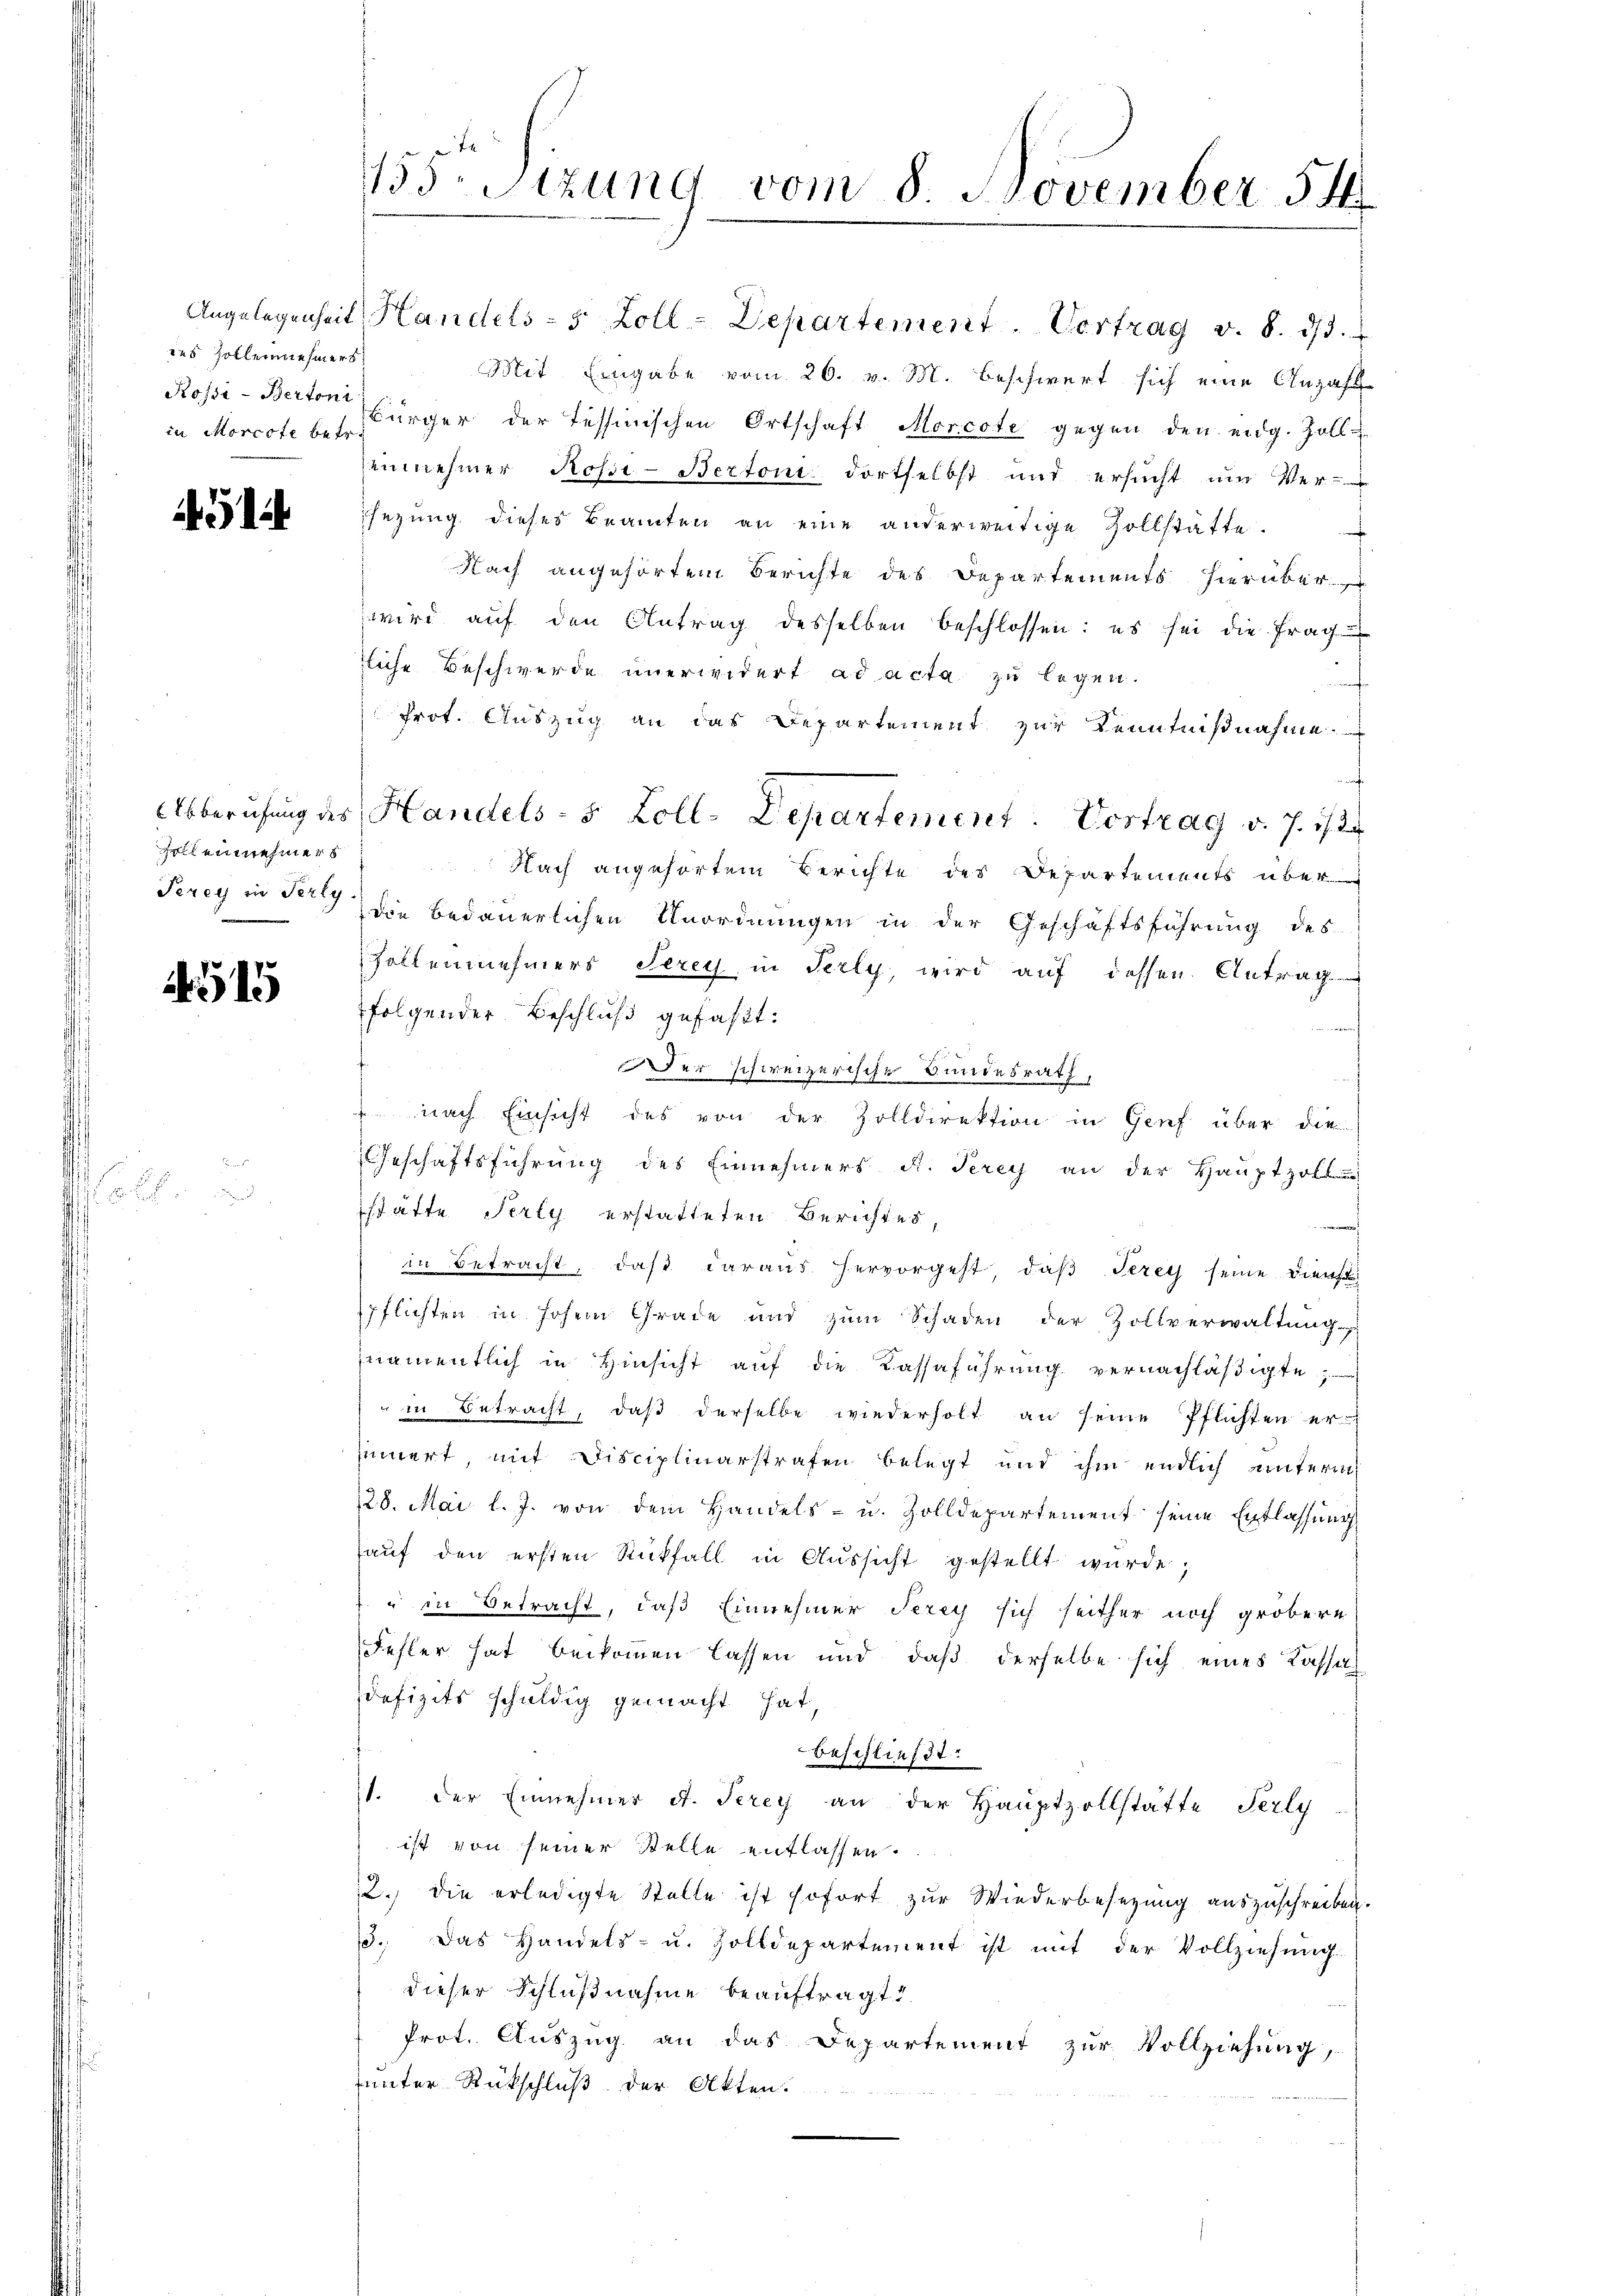
¬

des Zollennehmers
in Morcote betr.

451

Zoll einnehmers
Terey in Perly.

4515

.

1550 Stzung vom 8. November 54

Angelegenheit Handels- 5 Zoll-Departement. Vertrag v. 8. dβ.
Mit Eingabe vom 26. v. M. beschwert sich eine Anzahl
Rossi-Berton Bürger der Tessinischen Ortschaft Morcote gegen den eidg. Zoll
einnehmer Rosse-Bertoni dortselbst und ersucht um Ver-
sezung dieses Beamten an eine anderweitige Zollstätte.
Nach angehörten Berichte des Departements hierüber
wird aŭf den Antrag desselben beschlossen: es sei die frag
liche Beschwerde unerwidert ad acta zu legen.
Prot. Auszug an das Departement zur Kenntnißnahme
Abberufung des Handels- 5 Zoll-Departement. Vortrag v. J. 1/2
Nach angehörtem Berichte des Departements über
die bedauerlichen Unordnungen in der Geschäftsführung des
sollennehmers Serey, in Perly, wird auf dessen Antrag
folgender Beschluß gefaßt:
Der schweizerische Bundesrath,
 nach Einsicht des von der Zolldirektion in Genf über die
Geschäftsführung des Einnehmers d. Terey an der Hauptzollan
stätte Perly erstatteten Berichtes
h
in Betracht, daß daraus hervorgeht, daß Perey seine Dienst
spflichten in hohem Grade und zŭm Schaden der Zollverwaltung
namentlich in Hinsicht auf die Kassaführung vernachläßigte,
" in Betracht, daß derselbe wiederholt an seine Pflichten er
innert, mit Disciplinarstrafen belegt und ihm endlich unterm
128. Mai l. J. von dem Handels- u. Zolldepartement seine Entlassung
haŭf den ersten Rückfall in Aŭssicht gestellt wurde;
“ in Betracht, daß Einnehmer Terey sich seither noch gröbern
Fehler hat beikommen lassen und daß derselbe sich eines Kassat
defizits schuldig gemacht hat
Beschließt:
11. der Einnehmer d. Terey an der Hauptzollstätte Perly
ist von seiner Stelle entlassen.
2.) die erledigte Stelle ist sofort zur Wiederbesetzung auszuschreiben.
3. Das Handels- u. Zolldepartement ist mit der Vollziehung
dieser Schlußnahme beauftragt,
Prot. Auszug an das Departement zur Vollziehung,
sunter Rückschluß der Akten.